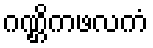
ဂဏ္ဌိကဖလကံ